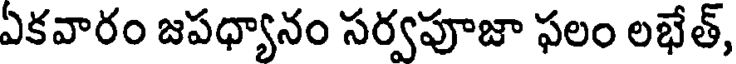
ఏకవారం జపధ్యానం సర్వపూజా ఫలం లభేత్,